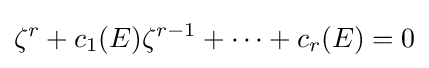
\zeta ^{r}+c_{1}(E)\zeta ^{r-1}+\cdots +c_{r}(E)=0